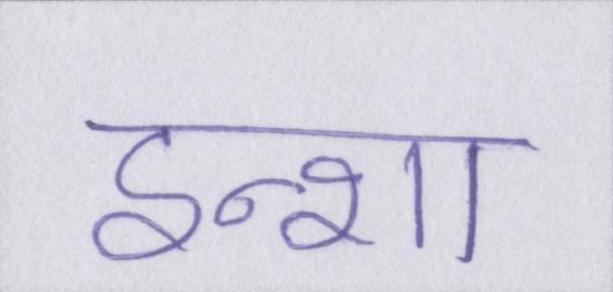
इन्शा